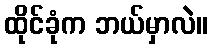
ထိုင်ခုံက ဘယ်မှာလဲ။